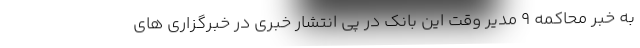
به خبر محاکمه 9 مدیر وقت این بانک در پی انتشار خبری در خبرگزاری های